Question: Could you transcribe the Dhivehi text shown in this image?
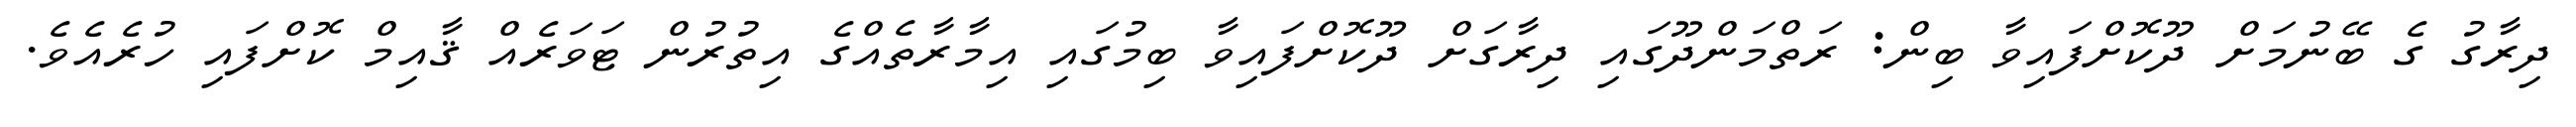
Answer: ދިރާގު ގެ ބޭނުމަށް ދޫކޮށްފައިވާ ބިން: ރަތްމަންދޫގައި ދިރާގަށް ދޫކޮށްފައިވާ ބިމުގައި އިމާރާތެއްގެ އިތުރުން ޓަވަރެއް ޤާއިމް ކޮށްފައި ހުރެއެވެ.